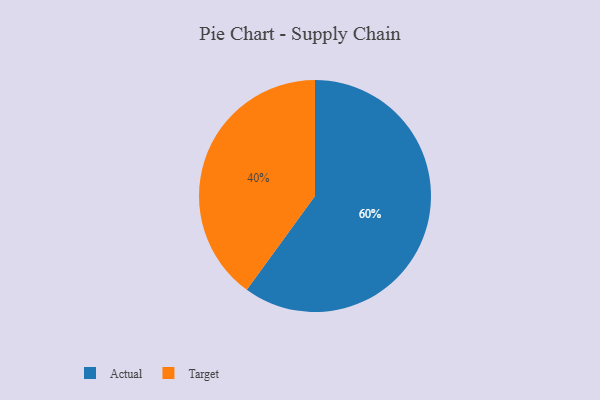
{"axis": {"x": "Category", "y": "Percentage"}, "legend": ["Actual", "Target"], "data": [{"x": "Target", "y": 40, "type": "Target"}, {"x": "Actual", "y": 60, "type": "Actual"}]}